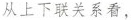
从上下联关系看，